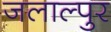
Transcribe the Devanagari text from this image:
जलाल्पुर